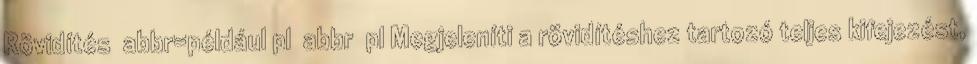
Rövidítés abbr=például pl abbr pl Megjeleníti a rövidítéshez tartozó teljes kifejezést,